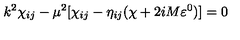
k ^ { 2 } \chi _ { i j } - \mu ^ { 2 } [ \chi _ { i j } - \eta _ { i j } ( \chi + 2 i M \varepsilon ^ { 0 } ) ] = 0